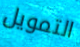
التمويل